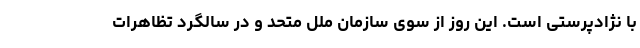
با نژادپرستی است. این روز از سوی سازمان ملل متحد و در سالگرد تظاهرات